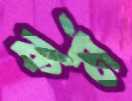
কর্ম